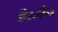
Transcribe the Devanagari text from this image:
है।जैन